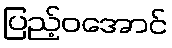
ပြည့်ဝအောင်